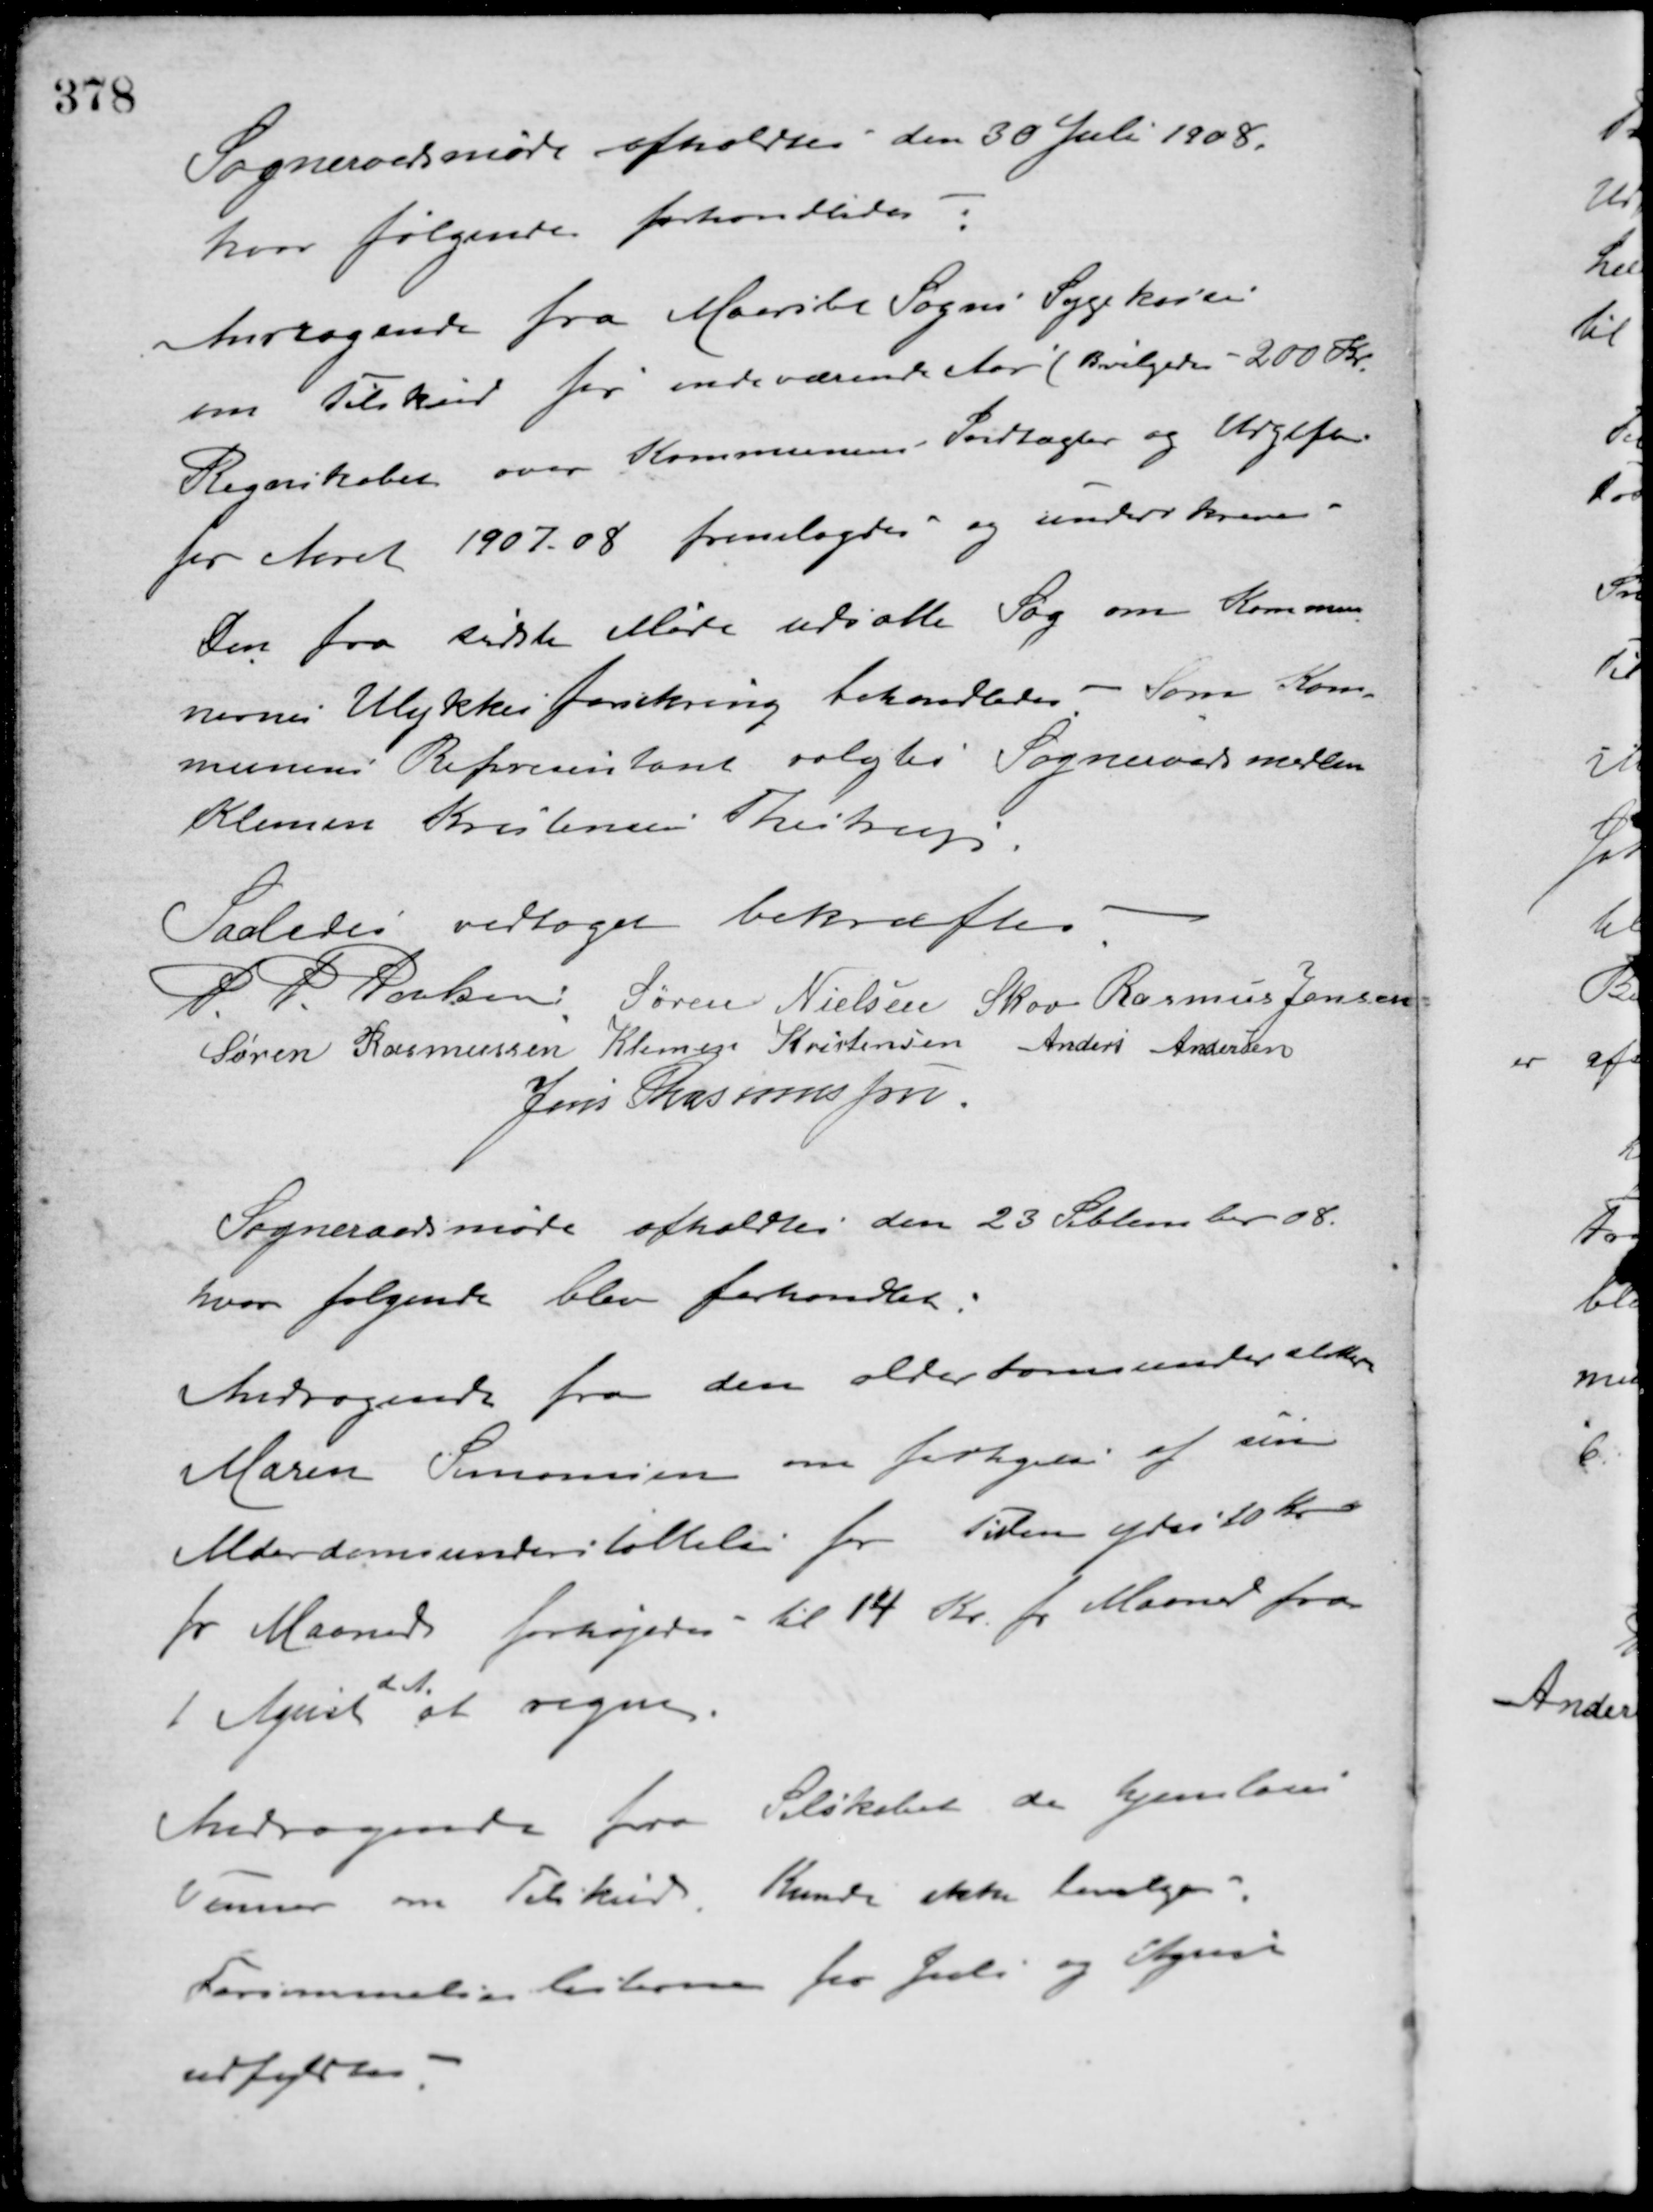
Transskription:
Sogneraadsmøde afholdtes den 30 Juli 1908.
hvor følgende forhandledes:
Andragende fra Maarslet Sogns Sygekasse
om Tilskud for indeværende Aar (Bevilgedes - 200 Kr.
Regnskabet over Kommunens Indtægter og Udgifter
for Aaret 1907-08 fremlagdes og underskreves.
Den fra sidste Møde udsatte Sag om Kommu-
nernes Ulykkesforsikring behandledes - Som Kom-
munens Representant valgtes Sogneraadsmedlem
Klemen Kristensen Thestrup.
Saaledes vedtaget bekræftes
P. P. Poulsen Søren Nielsen Skov Rasmus Jensen
Søren Rasmussen Klemen Kristensen Anders Andersen
Jens Rasmussen
Sogneraadsmøde afholdtes den 23 September 08.
hvor følgende blev forhandlet:
Andragende fra den alderdomsunderstøttede
Maren Simonsen om forhøjelse af sin
Alderdomsunderstøttelse for Tiden ydes 10 Kr.
pr. Maaned forhøjedes til 14 Kr. pr. Maaned fra
1 April
d. A.
at regne
Andragende fra Selskabet de hjemløses
Venner om Tilskud Kunde ikke bevilges.
Forsømmelseslisterne fra Juli og August
udfyldtes.